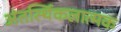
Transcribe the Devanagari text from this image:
अंतर्स्थिकलात्मक